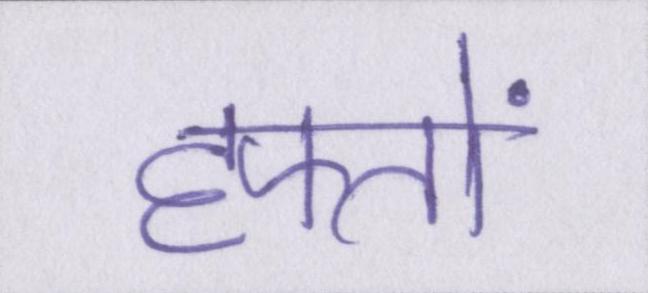
हफ्तों